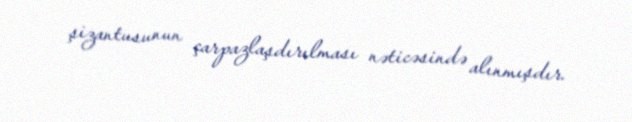
şizantusunun çarpazlaşdırılması nəticəsində alınmışdır.